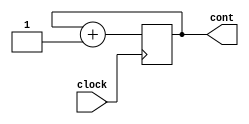
`timescale 1ns / 1ps
//////////////////////////////////////////////////////////////////////////////////
// Company: 
// Engineer: 
// 
// Design Name: 
// Module Name:    Contador4bits 
// Project Name: 
// Target Devices: 
// Tool versions: 
// Description: 
//
// Dependencies: 
//
// Revision: 
// Revision 0.01 - File Created
// Additional Comments: 
//
//////////////////////////////////////////////////////////////////////////////////
module Contador4bits(
    input clock,
    output [3:0] cont
    );
reg [0:3] cuenta;
initial 
cuenta=4'b0;
always @(posedge clock)
begin
cuenta=cuenta+1'b1;
end
assign cont=cuenta;
endmodule